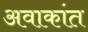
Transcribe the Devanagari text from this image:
अवाकांत